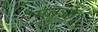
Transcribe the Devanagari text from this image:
मंतुआ